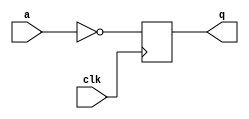
module top_module (
    input clk,
    input a,
    output reg q
);
    always @(posedge clk) begin
        q <= ~a;
    end

endmodule